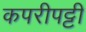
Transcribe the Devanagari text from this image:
कपरीपट्टी